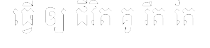
ធ្វើ ឲ្យ ជីវិត គូ រឹត តែ